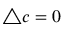
\triangle c = 0